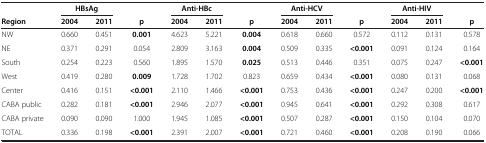
<table><thead><tr><td><b> </b></td><td colspan="2"><b>HBsAg</b></td><td><b> </b></td><td colspan="2"><b>Anti-HBc</b></td><td><b> </b></td><td colspan="2"><b>Anti-HCV</b></td><td><b> </b></td><td colspan="2"><b>Anti-HIV</b></td><td><b> </b></td></tr><tr><td><b>Region</b></td><td><b>2004</b></td><td><b>2011</b></td><td><b>p</b></td><td><b>2004</b></td><td><b>2011</b></td><td><b>p</b></td><td><b>2004</b></td><td><b>2011</b></td><td><b>p</b></td><td><b>2004</b></td><td><b>2011</b></td><td><b>p</b></td></tr></thead><tbody><tr><td>NW</td><td>0.660</td><td>0.451</td><td><b>0.001</b></td><td>4.623</td><td>5.221</td><td><b>0.004</b></td><td>0.618</td><td>0.660</td><td>0.572</td><td>0.112</td><td>0.131</td><td>0.578</td></tr><tr><td>NE</td><td>0.371</td><td>0.291</td><td>0.054</td><td>2.809</td><td>3.163</td><td><b>0.004</b></td><td>0.509</td><td>0.335</td><td><b>&lt;0.001</b></td><td>0.091</td><td>0.124</td><td>0.164</td></tr><tr><td>South</td><td>0.254</td><td>0.223</td><td>0.560</td><td>1.895</td><td>1.570</td><td><b>0.025</b></td><td>0.513</td><td>0.446</td><td>0.351</td><td>0.075</td><td>0.247</td><td><b>&lt;0.001</b></td></tr><tr><td>West</td><td>0.419</td><td>0.280</td><td><b>0.009</b></td><td>1.728</td><td>1.702</td><td>0.823</td><td>0.659</td><td>0.434</td><td><b>&lt;0.001</b></td><td>0.080</td><td>0.131</td><td>0.068</td></tr><tr><td>Center</td><td>0.416</td><td>0.151</td><td><b>&lt;0.001</b></td><td>2.110</td><td>1.466</td><td><b>&lt;0.001</b></td><td>0.753</td><td>0.436</td><td><b>&lt;0.001</b></td><td>0.247</td><td>0.200</td><td><b>&lt;0.001</b></td></tr><tr><td>CABA public</td><td>0.282</td><td>0.181</td><td><b>&lt;0.001</b></td><td>2.946</td><td>2.077</td><td><b>&lt;0.001</b></td><td>0.945</td><td>0.641</td><td><b>&lt;0.001</b></td><td>0.292</td><td>0.308</td><td>0.617</td></tr><tr><td>CABA private</td><td>0.090</td><td>0.090</td><td>1.000</td><td>1.945</td><td>1.085</td><td><b>&lt;0.001</b></td><td>0.507</td><td>0.287</td><td><b>&lt;0.001</b></td><td>0.150</td><td>0.104</td><td>0.070</td></tr><tr><td>TOTAL</td><td>0.336</td><td>0.198</td><td><b>&lt;0.001</b></td><td>2.391</td><td>2.007</td><td><b>&lt;0.001</b></td><td>0.721</td><td>0.460</td><td><b>&lt;0.001</b></td><td>0.208</td><td>0.190</td><td>0.066</td></tr></tbody></table>